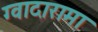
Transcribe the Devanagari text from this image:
ग्वादारामा